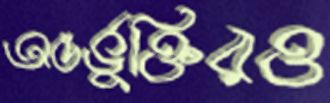
অন্তর্ভুক্তিরও